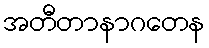
အတီတာနာဂတေန